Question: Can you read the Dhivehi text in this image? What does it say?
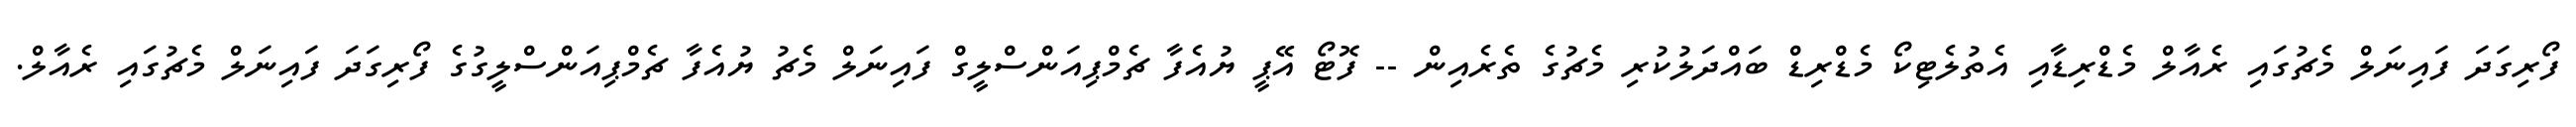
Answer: ފޯރިގަދަ ފައިނަލް މެޗުގައި ރެއާލް މެޑްރިޑާއި އެތުލެޓިކޯ މެޑްރިޑް ބައްދަލުކުރި މެޗުގެ ތެރެއިން -- ފޮޓޯ އޭޕީ ޔުއެފާ ޗެމްޕިއަންސްލީގް ފައިނަލް މެޗު ޔުއެފާ ޗެމްޕިއަންސްލީގުގެ ފޯރިގަދަ ފައިނަލް މެޗުގައި ރެއާލް.